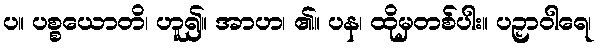
ပ။ ပစ္စယောတိ၊ ဟူ၍။ အာဟ၊ ၏။ ပန၊ ထိုမှတစ်ပါး။ ပဉှာဝါရေ၊